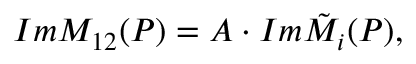
I m M _ { 1 2 } ( P ) = { \cal A } \cdot I m { \tilde { \cal M } } _ { i } ( P ) ,